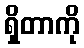
ရှိတာကို